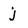
Character: j